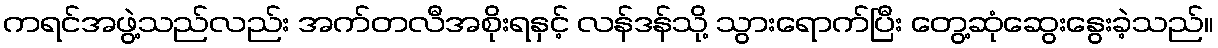
ကရင်အဖွဲ့သည်လည်း အက်တလီအစိုးရနှင့် လန်ဒန်သို့ သွားရောက်ပြီး တွေ့ဆုံဆွေးနွေးခဲ့သည်။